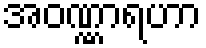
အဝဏ္ဏာရဟာ